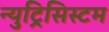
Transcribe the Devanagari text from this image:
न्युट्रिसिस्टम